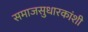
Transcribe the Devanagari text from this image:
समाजसुधारकांशी